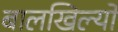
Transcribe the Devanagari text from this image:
बालखिल्यों